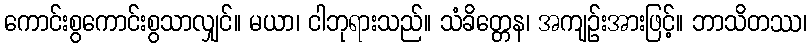
ကောင်းစွကောင်းစွသာလျှင်။ မယာ၊ ငါဘုရားသည်။ သံခိတ္တေန၊ အကျဉ်းအားဖြင့်။ ဘာသိတဿ၊